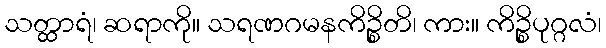
သတ္ထာရံ၊ ဆရာကို။ သရဏဂမနကိဉ္စိတိ၊ ကား။ ကိဉ္စိပုဂ္ဂလံ၊